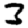
Digit: 3